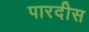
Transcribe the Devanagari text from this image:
पारदीस